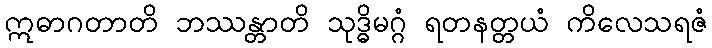
ဣဓာဂတာတိ ဘဿန္တာတိ သုဒ္ဓိမဂ္ဂံ ရတနတ္တယံ ကိလေသရဇံ